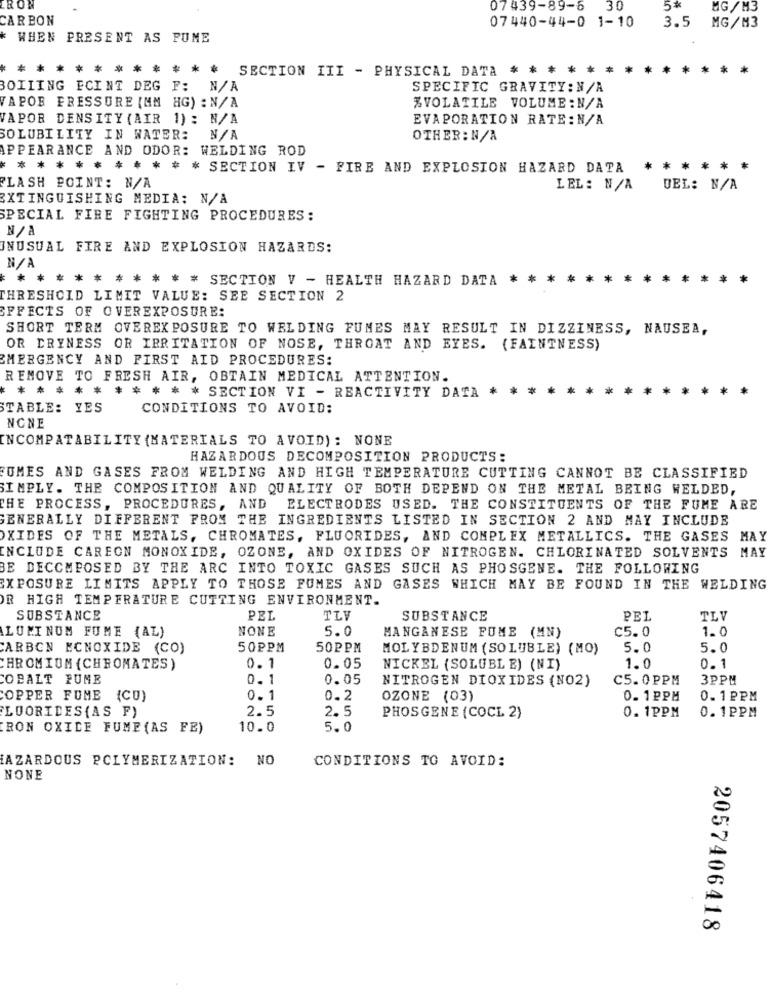
IRON
07439-89-6 30
5%
MG / M3
CARBON
07440-44-0 1-10
3.5
MG/M3
WHEN PRESENT AS PUME
* *
**
* * ** SECTION III - PHYSICAL DATA * *
BOILING FCINT DEG F: N/A
SPECIFIC GRAVITY: N/A
VAPOR FRESSURE [MM HG) : N/A
%VOLATILE VOLUME : N/A
VAPOR DENSITY (AIR 1) : N/A
EVAPORATION RATE: N/A
SOLUBILITY IN WATER:
OTHER : N/A
APPEARANCE AND ODOR: WELDING ROD
* * * * ** ** * * * SECTION IV - FIRE AND EXPLOSION HAZARD DATA
** ****
FLASH POINT: N/A
LEL : N/A
DEL: N/A
EXTINGUISHING MEDIA: N/A
SPECIAL FIRE FIGHTING PROCEDURES:
UNUSUAL FIRE AND EXPLOSION HAZARDS:
*
* * * SECTION V - HEALTH HAZARD DATA *** *****
THRESHOLD LIMIT VALUE: SEE SECTION 2
EFFECTS OF OVEREXPOSURE:
SHORT TERM OVEREXPOSURE TO WELDING FUMES MAY RESULT IN DIZZINESS, NAUSEA,
OR DRYNESS OR IRRITATION OF NOSE, THROAT AND EYES. (FAINTNESS)
EMERGENCY AND FIRST AID PROCEDURES:
REMOVE TO FRESH AIR, OBTAIN MEDICAL ATTENTION.
** * * *
* * * * SECTION VI - REACTIVITY DATA *
*
STABLE: YES
CONDITIONS TO AVOID:
NONE
INCOMPATABILITY (MATERIALS TO AVOID) : NONE
HAZARDOUS DECOMPOSITION PRODUCTS:
FUMES AND GASES FROM WELDING AND HIGH TEMPERATURE CUTTING CANNOT BE CLASSIFIED
SIMPLY. THE COMPOSITION AND QUALITY OF BOTH DEPEND ON THE METAL BEING WELDED,
THE PROCESS, PROCEDURES, AND ELECTRODES USED. THE CONSTITUENTS OF THE FUME ARE
GENERALLY DIFFERENT FROM THE INGREDIENTS LISTED IN SECTION 2 AND MAY INCLUDE
OXIDES OF THE METALS, CHROMATES, FLUORIDES, AND COMPLEX METALLICS. THE GASES MAY
INCLUDE CAREON MONOXIDE, OZONE, AND OXIDES OF NITROGEN. CHLORINATED SOLVENTS MAY
BE DECOMPOSED BY THE ARC INTO TOXIC GASES SUCH AS PHOSGENE. THE FOLLOWING
EXPOSURE LIMITS APPLY TO THOSE FUMES AND GASES WHICH MAY BE FOUND IN THE WELDING
OR HIGH TEMPERATURE CUTTING ENVIRONMENT.
SUBSTANCE
PEL
TLV
SUBSTANCE
PEL
TLV
ALUMINUM FUME (AL)
NONE
5.0
c5.0
1.0
MANGANESE FUME (MN)
ARBON ECNOXIDE (CO)
50PPM
50PPM
MOLYBDENUM ( SOLUBLE) (MO)
5.0
5.0
CHROMIUM (CHROMATES)
0.1
0.05
NICKEL (SOLUBLE) (NI)
1.0
0.1
COBALT FUME
0. 1
0.05
NITROGEN DIOXIDES (NO2)
C5.0PPM
3PPM
COPPER FUME (CU)
0. 1
0.2
OZONE (03)
0. 1 PPM
0.1 PPM
LOORIDES {AS F)
2.5
2.5
0. 1PPM
0.1PPM
PHOSGENE (COCL 2)
IRON OXIDE FUME (AS FE)
10.0
5. 0
HAZARDOUS POLYMERIZATION: NO
CONDITIONS TO AVOID:
NONE
2057406418